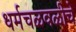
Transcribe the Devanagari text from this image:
धर्मचळवळीचे